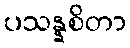
ပသန္နစိတာ